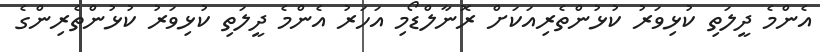
އެންމެ ދީލަތި ކުޅިވަރު ކުޅުންތެރިއަކަށް ރޮނާލްޑޯމި އަހަރު އެންމެ ދީލަތި ކުޅިވަރު ކުޅުންތެރިންގެ